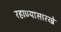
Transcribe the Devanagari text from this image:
रहाण्यासारखे